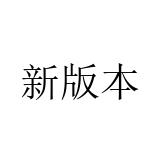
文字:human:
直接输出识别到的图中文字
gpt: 新版本